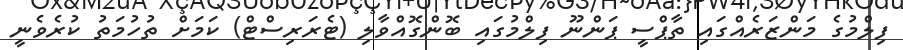
ފިލްމުގެ މަންޒަރެއްގައި ތާޕްސީ ޕަންނޫ ފިލްމުގައި ބޮންގޮއްވާލި (ޓެރަރިސްޓް) ކަމަށް ތުހުމަތު ކުރެވެނީ